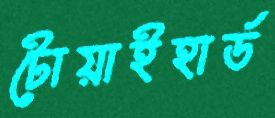
টোয়াইহার্ড